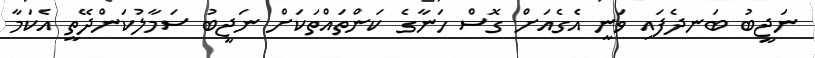
ނަޖީބު ބަނދެފައި ވަނީ އެގެއަށް ގޮސް ހަނާގެ ކަންތައްތަކަށް ނަޖީބު ސަމާލުކަންދޭތީ އެކަމާ